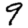
Digit: 9